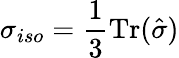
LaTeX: \sigma_{iso}=\frac{1}{3}\mathrm{Tr}(\hat{\sigma})